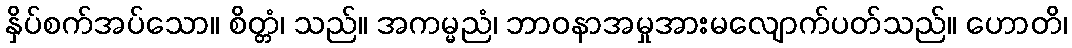
နှိပ်စက်အပ်သော။ စိတ္တံ၊ သည်။ အကမ္မညံ၊ ဘာဝနာအမှုအားမလျောက်ပတ်သည်။ ဟောတိ၊